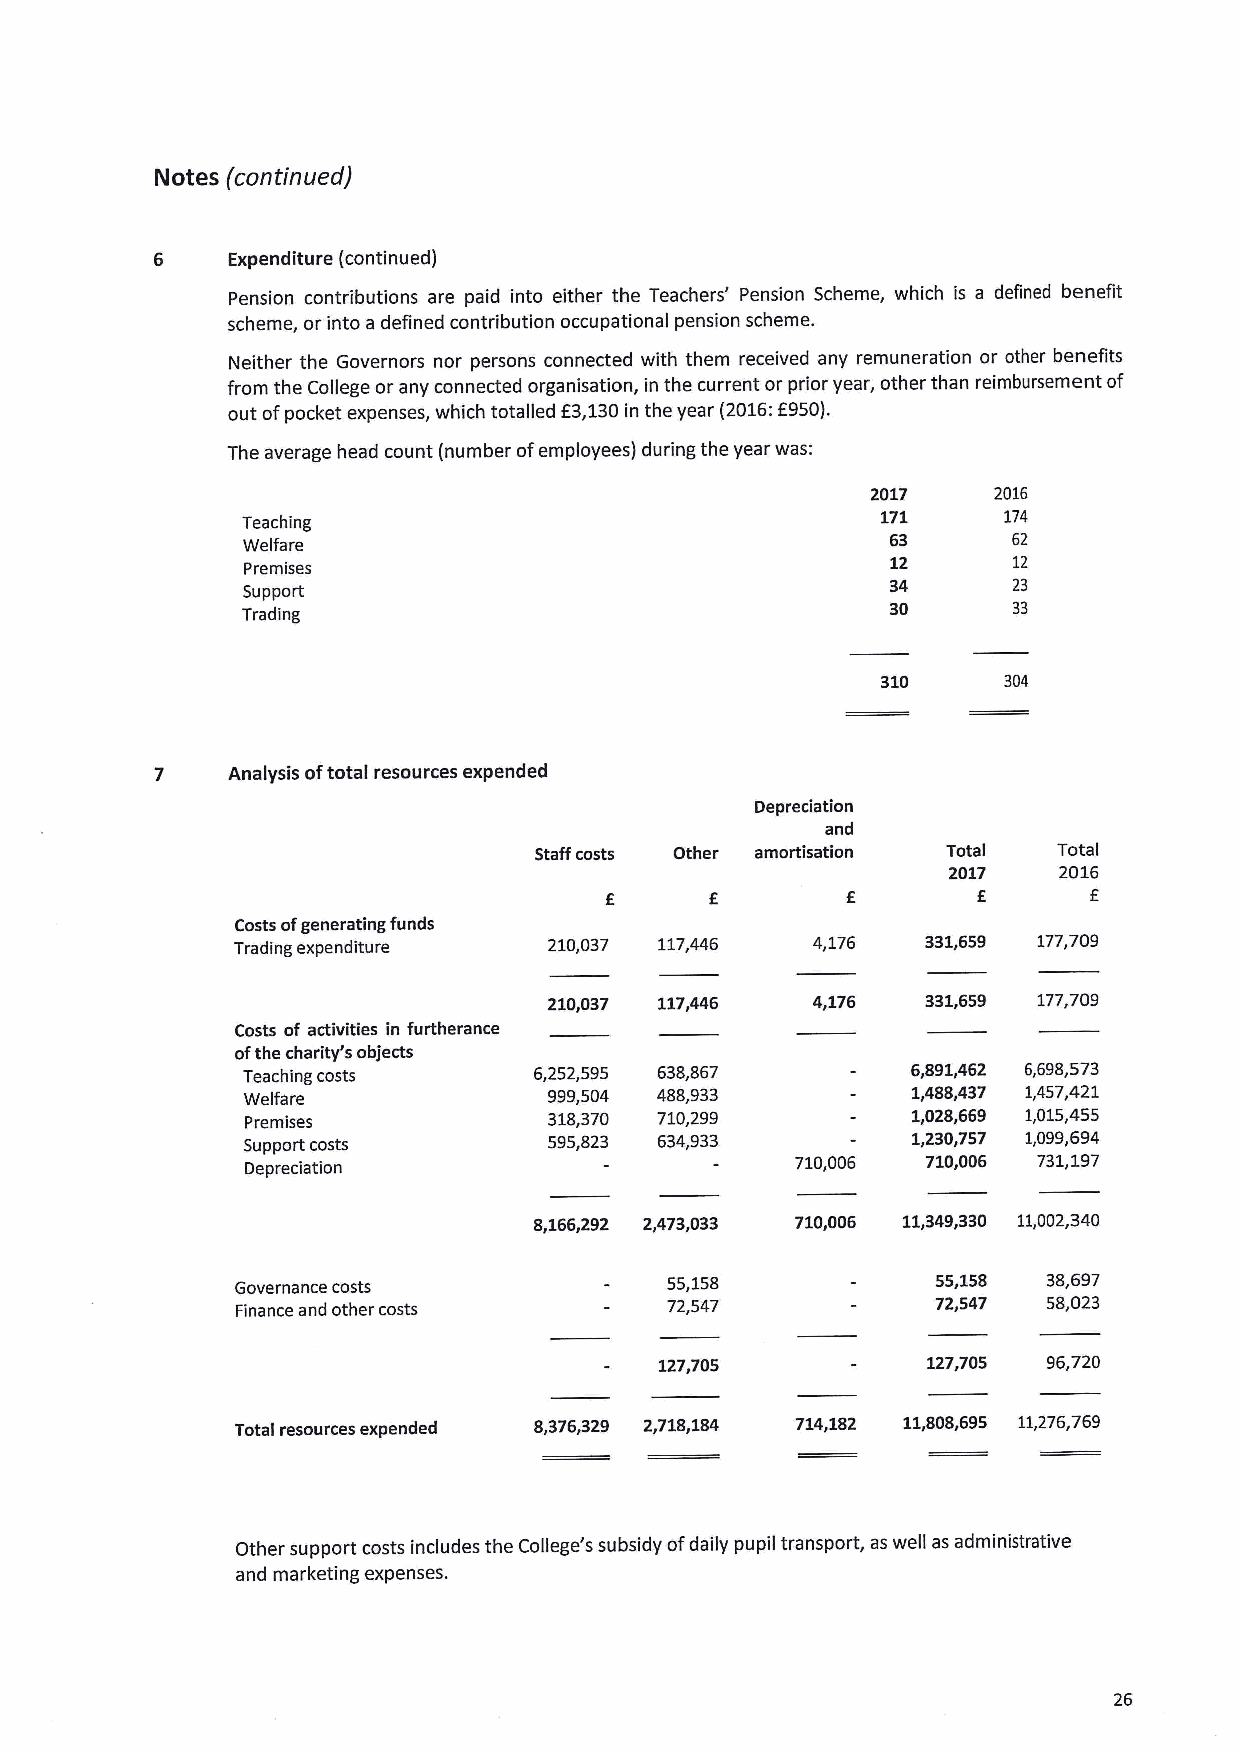
Notes (continued)
 Expenditure (continued)
 Pension contributions are paid into either the Teachers' Pension Scheme, which is a defined benefit
 scheme, or into a defined contribution occupational pension scheme.
 Neither the Governors nor persons connected with them received any remuneration or other benefits
 from the College or any connected organisation, in the current or prior year, other than reimbursement of
 out ofpocket expenses, which totalled f3,130in the year (2016:E950).
 The average head count (number ofemployees) during the year was:
 2017    2016
 171     174
 Teaching
 Welfare                                    63      62
 Premises                                   12      12
 Support                                    34      23
 30      33
 Trading
 310     304
 7    Analysis oftotal resources expended
 Depreciation
 and
 Staffcosts Other amortisation Total Total
 2017   2016
 f      f
 Costs ofgenerating funds
 Trading expenditure  210,037 117,446   4,176  331,659 177,709
 210,037 117,446   4,176  331,659 177,709
 Costs of activities in furtherance
 ofthe charity's objects
 Teaching costs     6,252,595 638,867        6,891,462 6,698,573
 Welfare             999,504 488,933         1,488,437 1,457,421
 Premises            318,370 710,299         1,028,669 1,015,455
 Support costs       595,823 634,933         1,230,757 1,099,694
 Depreciation
 710,006 710,006 731,197
 8,166,292 2,473,033 710,006 11,349,330 11,002,340
 Governance costs            55,158            55,158 38,697
 Finance and other costs     72,547            72,547 58,023
 127,705          127,705 96,720
 Total resources expended 8,376,329 2,718,184 714,182 11,808,695 11,276,769
 Other support costs includes the College's subsidy ofdaily pupil transport, as well as administrative
 and marketing expenses.
 26